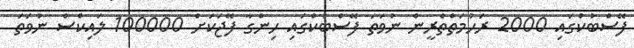
ފޭސްބުކްގައި 2000 ރަހުމަތްތެރީން ނުވަތަ ފޭސްބުކްގައި ހިންގާ ފޭޖަކަށް 100000 ލައިކްސް ނުވަތަ